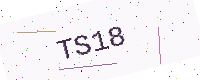
Text: TS18